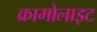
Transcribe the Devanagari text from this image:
क्रामोलाइट